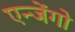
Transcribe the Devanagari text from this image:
एन्जेंगो